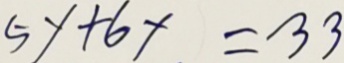
5 y + 6 y = 3 3